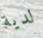
لدية